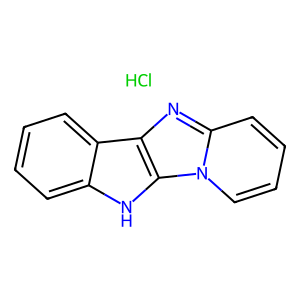
SMILES: Cl.c1ccc2c(c1)[nH]c1c2nc2ccccn21
Inhibits HIV replication: No